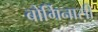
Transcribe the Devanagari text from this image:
बोर्गिनासी